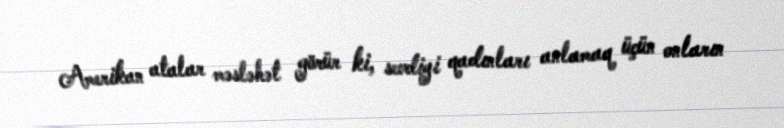
Amerikan atalar məsləhət görür ki, sevdiyi qadınları anlamaq üçün onların